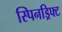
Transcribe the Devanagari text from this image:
स्पिनड्रिफ्ट